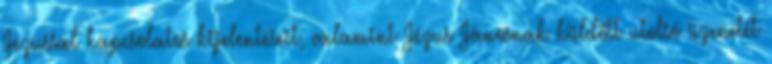
Jézussal kapcsolatos kijelentéseit, valamint Jézus Jánosnak küldött utolsó üzenetét